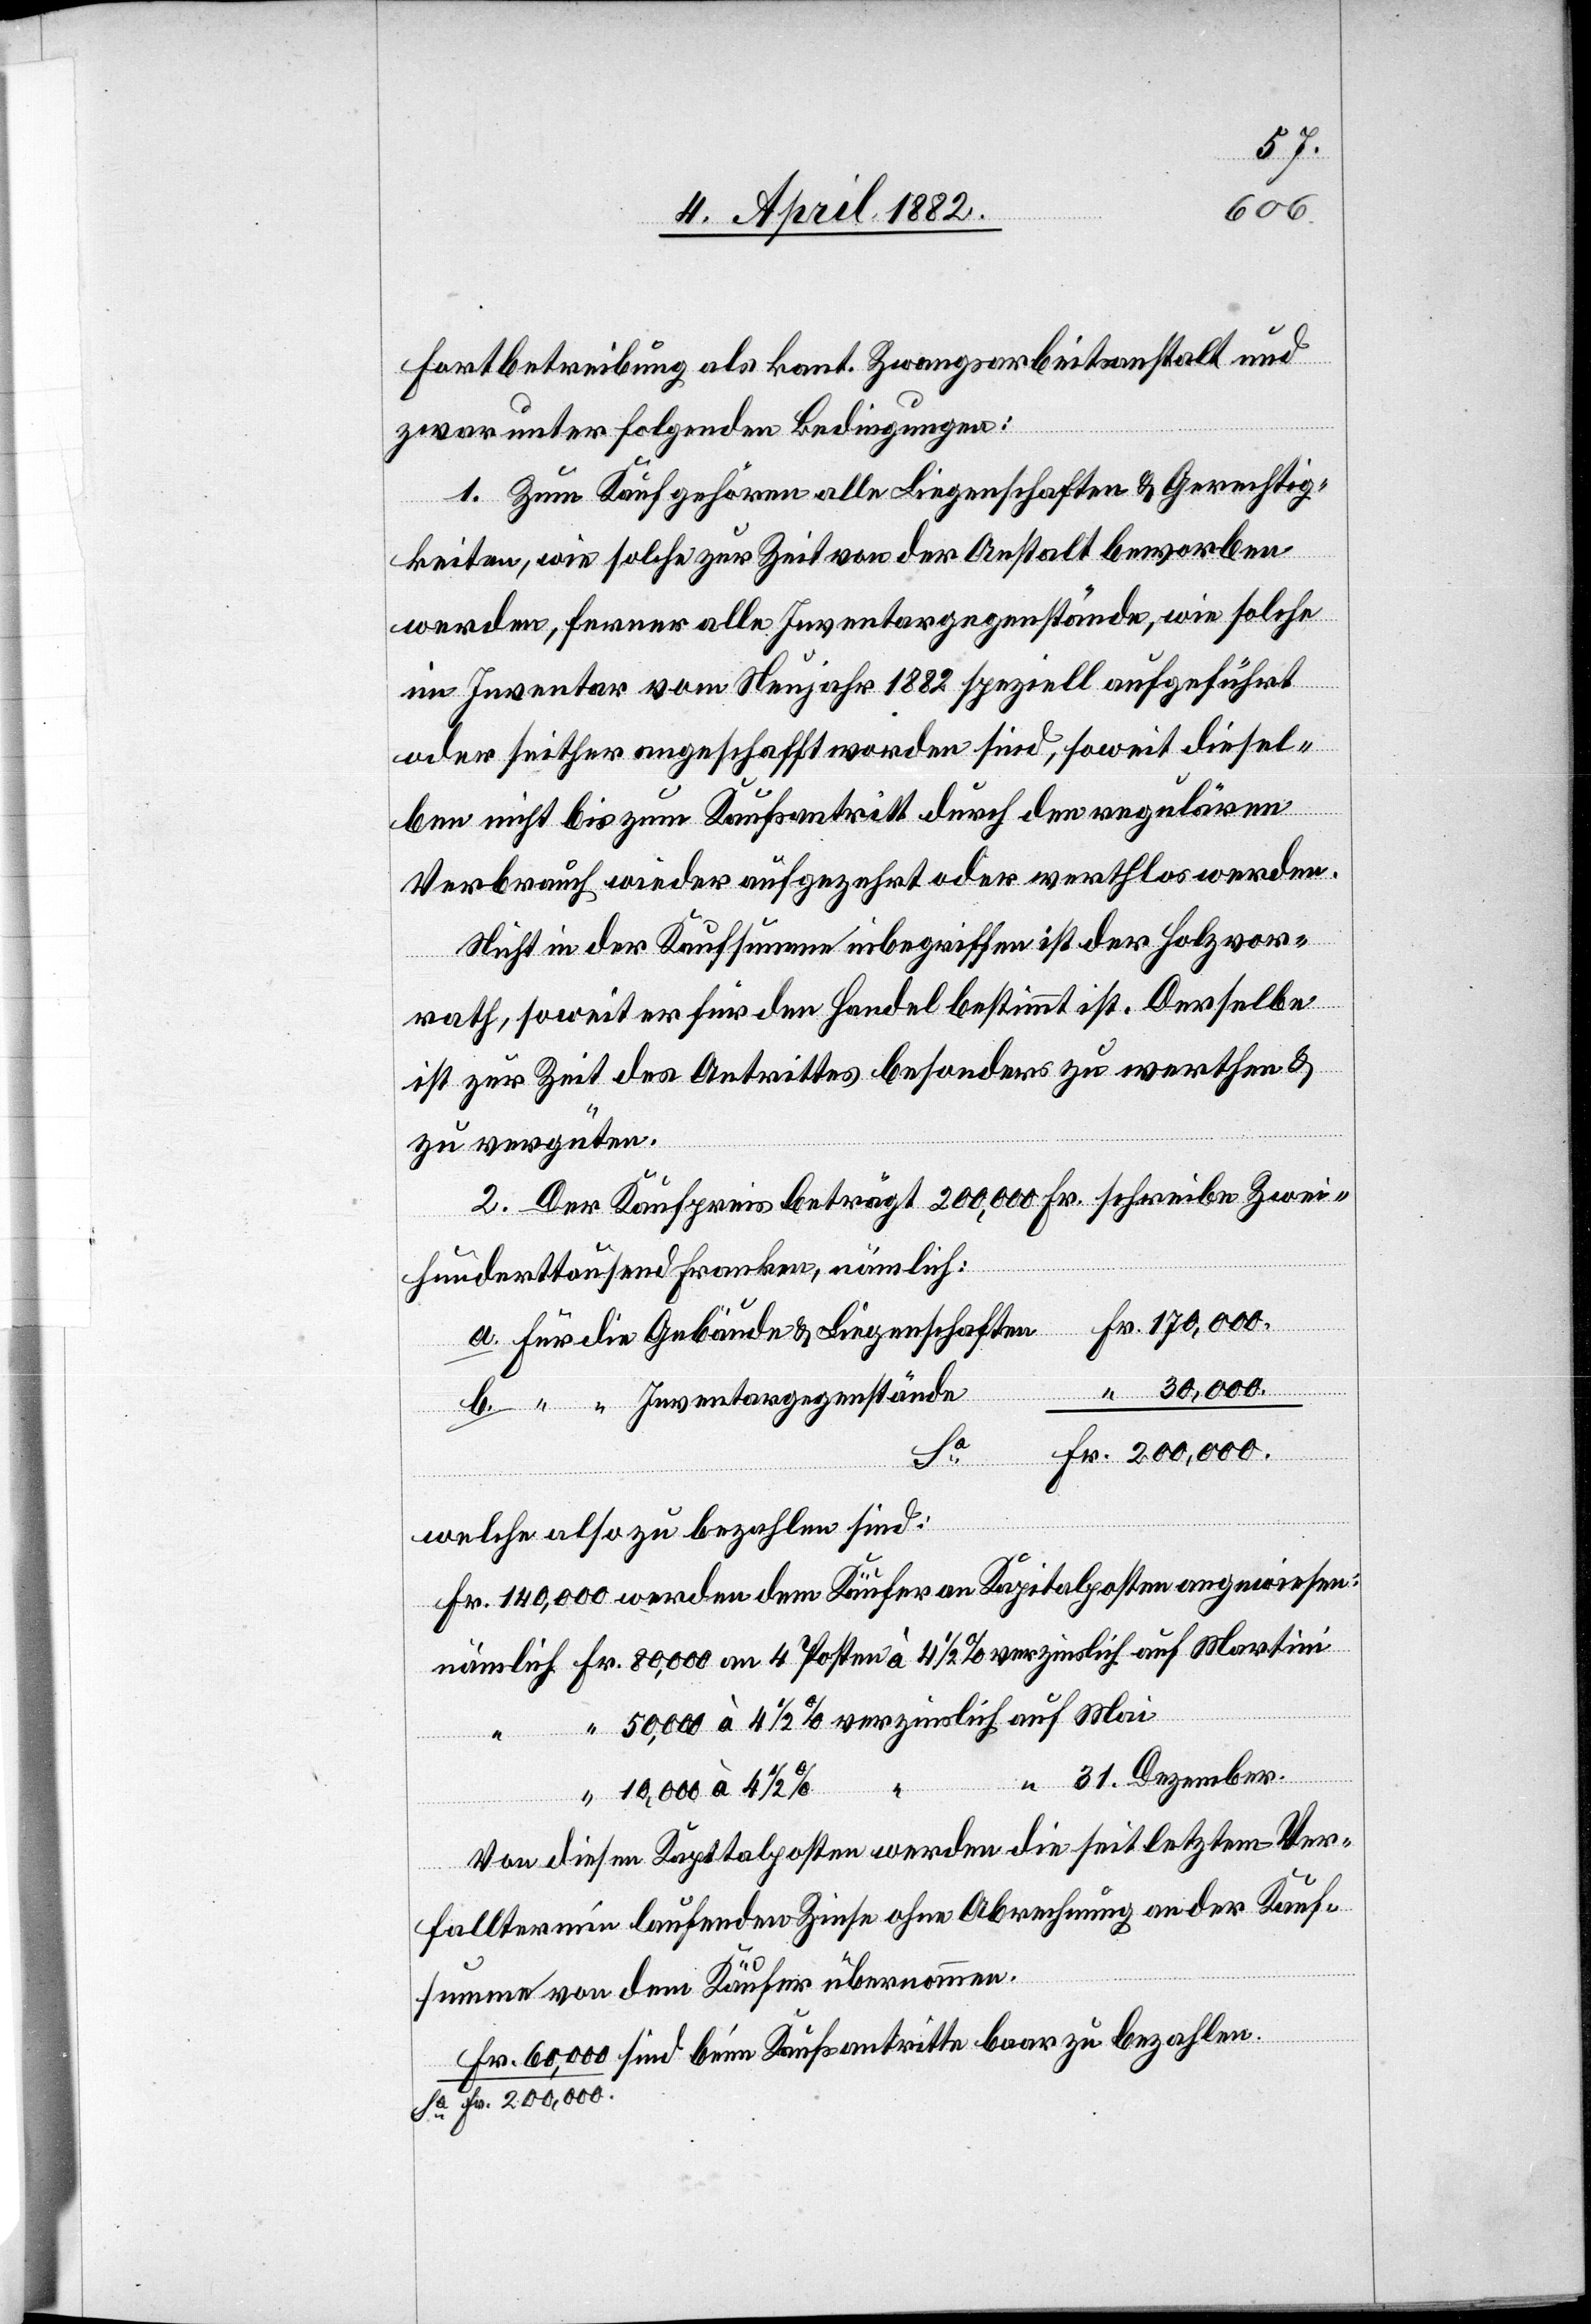
Fortbetreibung als kant. Zwangsarbeitsanstalt und
zwar unter folgenden Bedingungen:
1. Zum Kauf gehören alle Liegenschaften & Gerechtig¬
keiten, wie solche zur Zeit von der Anstalt beworben
werden, ferner alle Inventargegenstände, wie solche
Kau¬
im Inventar vom Neujahr 1882 speziell aufgeführt
oder seither angeschafft worden sind, soweit diesel¬
ben nicht bis zum Kaufsantritt durch den regulären
Verbrauch wieder aufgezehrt oder werthlos werden.
Nicht in der Kaufsumme inbegriffen ist der Holzvor¬
Liegensc¬
rath, soweit er für den Handel bestimmt ist. Derselbe
ist zur Zeit des Antrittes besonders zu werthen &
zu vergüten.
2. Der Kaufpreis beträgt 200,000 Fr. schreibe Zwei¬
hunderttausend Franken, nämlich:
“ 30,000.
“ “ Inventargegenstände
Fr. 200,000.
beim
welche also zu bezahlen sind:
Fr. 140,000 werden dem Käufer an Kapitalposten angewiesen:
nämlich Fr. 80,000 an 4 Posten à 4 1/2 % verzinslich auf Martini
Fr.] 50,000 à 4 1/2 % verzinslich auf Mai
bezahlen.
“ 31. Dezember.
“ 10,000 à 4 1/2 %
Von diesen Kapitalposten werden die seit letztem Ver¬
falltermin laufenden Zinse ohne Abrechnung an der Kauf¬
summe von dem Käufer übernommen.